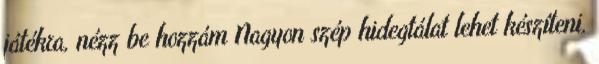
játékra, nézz be hozzám Nagyon szép hidegtálat lehet készíteni,